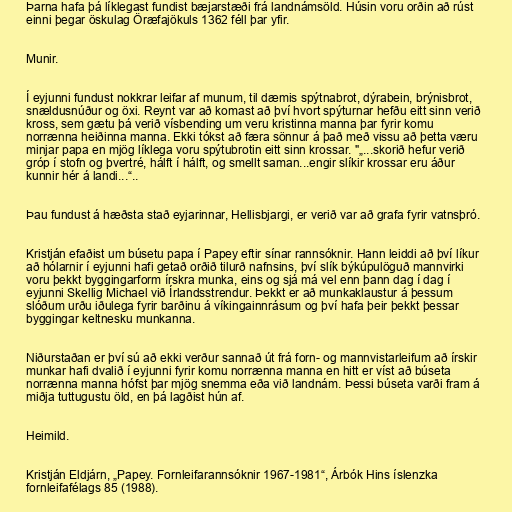
Þarna hafa þá líklegast fundist bæjarstæði frá landnámsöld. Húsin voru orðin að rúst
einni þegar öskulag Öræfajökuls 1362 féll þar yfir.

Munir.

Í eyjunni fundust nokkrar leifar af munum, til dæmis spýtnabrot, dýrabein, brýnisbrot,
snældusnúður og öxi. Reynt var að komast að því hvort spýturnar hefðu eitt sinn verið
kross, sem gætu þá verið vísbending um veru kristinna manna þar fyrir komu
norrænna heiðinna manna. Ekki tókst að færa sönnur á það með vissu að þetta væru
minjar papa en mjög líklega voru spýtubrotin eitt sinn krossar. "„...skorið hefur verið
gróp í stofn og þvertré, hálft í hálft, og smellt saman...engir slíkir krossar eru áður
kunnir hér á landi...“..

Þau fundust á hæðsta stað eyjarinnar, Hellisbjargi, er verið var að grafa fyrir vatnsþró.

Kristján efaðist um búsetu papa í Papey eftir sínar rannsóknir. Hann leiddi að því líkur
að hólarnir í eyjunni hafi getað orðið tilurð nafnsins, því slík býkúpulöguð mannvirki
voru þekkt byggingarform írskra munka, eins og sjá má vel enn þann dag í dag í
eyjunni Skellig Michael við Írlandsstrendur. Þekkt er að munkaklaustur á þessum
slóðum urðu iðulega fyrir barðinu á víkingainnrásum og því hafa þeir þekkt þessar
byggingar keltnesku munkanna.

Niðurstaðan er því sú að ekki verður sannað út frá forn- og mannvistarleifum að írskir
munkar hafi dvalið í eyjunni fyrir komu norrænna manna en hitt er víst að búseta
norrænna manna hófst þar mjög snemma eða við landnám. Þessi búseta varði fram á
miðja tuttugustu öld, en þá lagðist hún af.

Heimild.

Kristján Eldjárn, „Papey. Fornleifarannsóknir 1967-1981“, Árbók Hins íslenzka
fornleifafélags 85 (1988).